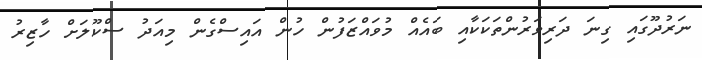
ނަރުދޫގައި ގިނަ ދަރިވަރުންތަކަކާއި ބައެއް މުވައްޒަފުން ހުން އައިސްގެން މިއަދު ސްކޫލަށް ހާޒިރު